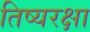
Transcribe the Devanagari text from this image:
तिष्यरक्षा